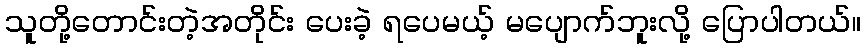
သူတို့တောင်းတဲ့အတိုင်း ပေးခဲ့ ရပေမယ့် မပျောက်ဘူးလို့ ပြောပါတယ်။